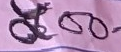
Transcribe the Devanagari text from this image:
द००